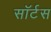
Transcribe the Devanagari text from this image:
सॉर्टस